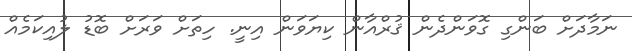
ނަމާދަށް ބަންގި ގޮވަންދެން ޤުރްއާން ކިޔަވަން އިނީ. ހިތަށް ވަރަށް ބޮޑު ލުއިކަމެއް